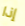
إذا